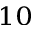
_ { 1 0 }